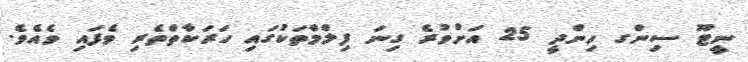
ނީޓޫ ސިންގ ހިންދީ 25 އަށްވުރެ ގިނަ ފިލްމްތަކުގައި ހަރަކާތްތެރި ވެފައި ވެއެވެ.